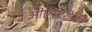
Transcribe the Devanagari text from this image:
ओएस्टरोजेन